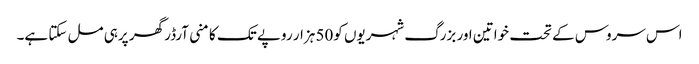
اس سروس کے تحت خواتین اور بزرگ شہریوں کو50 ہزار روپے تک کا منی آرڈر گھر پرہی مل سکتا ہے۔